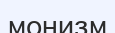
монизм